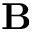
\mathbf { B }